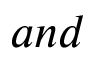
a n d